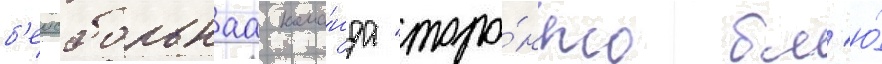
б'еисбольнаа кома́нда "торо́нто бл'ю́